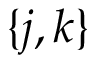
\{ j , k \}